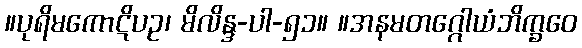
။ပုရိမကောဋိပဥ၊ မိလိန္ဒ-ပါ-၅၁။ ။အနမတဂ္ဂေါယံဘိက္ခဝေ